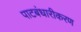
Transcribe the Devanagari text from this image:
पाटबंधारीकरण